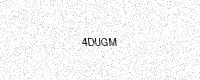
Text: 4DUGM